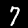
Digit: 7